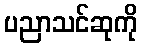
ပညာသင်ဆုကို